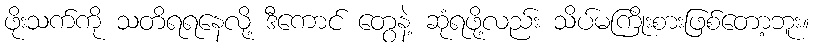
ဖိုးသက်ကို သတိရရနေလို့ ဒီကောင် တွေနဲ့ ဆုံရဖို့လည်း သိပ်မကြိုးစားဖြစ်တော့ဘူး။